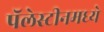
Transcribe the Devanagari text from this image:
पॅलेस्टीनमध्ये